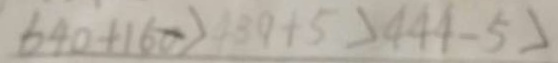
6 4 0 + 1 6 0 > 4 3 9 + 5 > 4 4 4 - 5 >